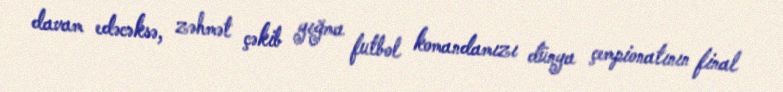
davam edəcəksə, zəhmət çəkib yığma futbol komandamızı dünya çempionatının final